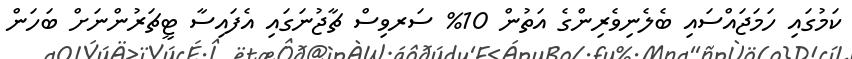
ކަމުގައި ހަމަޖައްސައި ބެލެނިވެރިންގެ އަތުން 10% ސަރވިސް ޗާޖުނަގައި އެފައިސާ ޓީޗަރުންނަށް ބަހަން